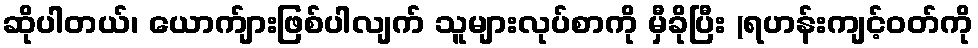
ဆိုပါတယ်၊ ယောက်ျားဖြစ်ပါလျက် သူများလုပ်စာကို မှီခိုပြီး (ရဟန်းကျင့်ဝတ်ကို